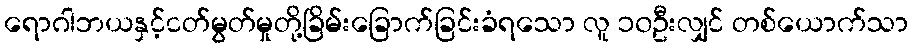
ရောဂါဘယနှင့်ငတ်မွတ်မှုတို့ခြိမ်းခြောက်ခြင်းခံရသော လူ ၁၀ဦးလျှင် တစ်ယောက်သာ